Document type: Dowry acquittance
Year: 1427
Scribe: Pere Tarafa
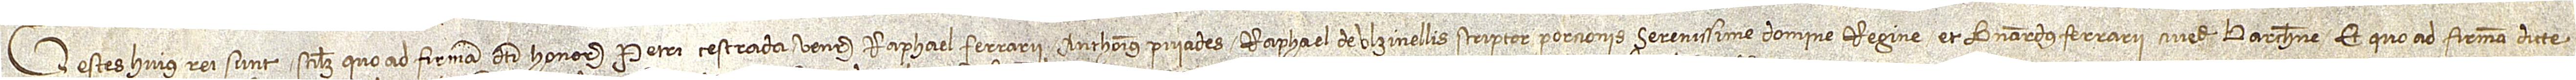
Testes huius rei sunt, scilicet, quod ad firmam dicti honorabilis Petri Cestrada: venerabilis Raphael Ferrarii, Anthonius Puiades, Raphael de Ulzinellis, scriptor porcionis serenisssime domine regine, et Bernardus Ferrarii, cives Barchinone; et quo ad firma dicte